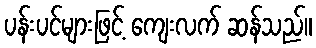
ပန်းပင်များဖြင့် ကျေးလက် ဆန်သည်။